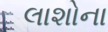
લાશોના